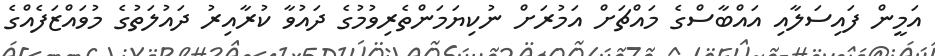
އަމީން ފައިސަލާއި އައްބާސްގެ މައްޗަށް އަމުރަށް ނުކިޔަމަންތެރިވުމުގެ ދައުވާ ކުރާއިރު ދައުލަތުގެ މުވައްޒަފެއްގެ